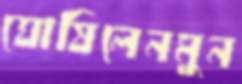
ঘোষিলেনমুন